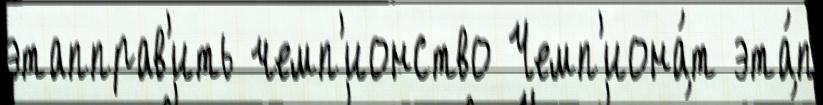
этапправ'ить чемп'ионство Чемп'иона́т эта́п